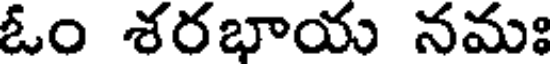
ఓం శరభాయ నమః